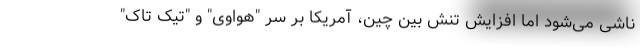
ناشی می‌شود اما افزایش تنش بین چین، آمریکا بر سر "هواوی" و "تیک تاک"